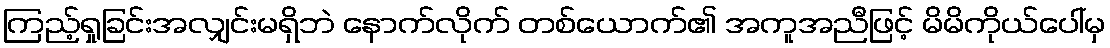
ကြည့်ရှုခြင်းအလျှင်းမရှိဘဲ နောက်လိုက် တစ်ယောက်၏ အကူအညီဖြင့် မိမိကိုယ်ပေါ်မှ